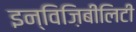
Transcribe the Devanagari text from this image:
इन्विज़िबीलिटी